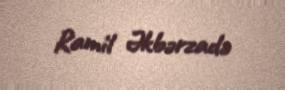
Ramil Əkbərzadə